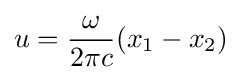
u={\frac {\omega }{2\pi c}}(x_{1}-x_{2})